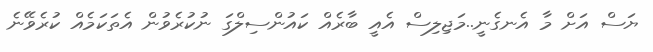
ޔަސް އަށް މާ އެނގެނީ..މަޖިލިސް އެއީ ބާރެއް ކައުންސިލްގަ ނުކުރެވުން އެތަކަމެެއް ކުރެވޭނެ